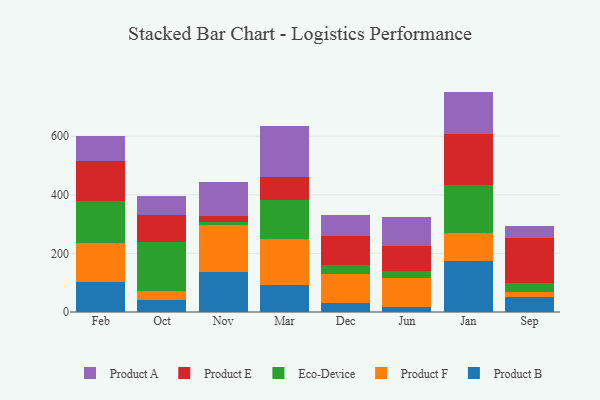
{"axis": {"x": "Month", "y": "Page Views"}, "legend": ["Eco-Device", "Product A", "Product B", "Product E", "Product F"], "data": [{"x": "Feb", "y": 102.9, "type": "Product B"}, {"x": "Feb", "y": 134.2, "type": "Product F"}, {"x": "Feb", "y": 142.0, "type": "Eco-Device"}, {"x": "Feb", "y": 136.2, "type": "Product E"}, {"x": "Feb", "y": 85.9, "type": "Product A"}, {"x": "Oct", "y": 41.0, "type": "Product B"}, {"x": "Oct", "y": 30.9, "type": "Product F"}, {"x": "Oct", "y": 168.2, "type": "Eco-Device"}, {"x": "Oct", "y": 91.3, "type": "Product E"}, {"x": "Oct", "y": 63.1, "type": "Product A"}, {"x": "Nov", "y": 137.4, "type": "Product B"}, {"x": "Nov", "y": 159.6, "type": "Product F"}, {"x": "Nov", "y": 10.9, "type": "Eco-Device"}, {"x": "Nov", "y": 20.7, "type": "Product E"}, {"x": "Nov", "y": 114.5, "type": "Product A"}, {"x": "Mar", "y": 93.4, "type": "Product B"}, {"x": "Mar", "y": 154.7, "type": "Product F"}, {"x": "Mar", "y": 135.1, "type": "Eco-Device"}, {"x": "Mar", "y": 77.6, "type": "Product E"}, {"x": "Mar", "y": 175.6, "type": "Product A"}, {"x": "Dec", "y": 30.4, "type": "Product B"}, {"x": "Dec", "y": 100.0, "type": "Product F"}, {"x": "Dec", "y": 29.6, "type": "Eco-Device"}, {"x": "Dec", "y": 98.4, "type": "Product E"}, {"x": "Dec", "y": 72.4, "type": "Product A"}, {"x": "Jun", "y": 17.4, "type": "Product B"}, {"x": "Jun", "y": 99.7, "type": "Product F"}, {"x": "Jun", "y": 22.5, "type": "Eco-Device"}, {"x": "Jun", "y": 85.9, "type": "Product E"}, {"x": "Jun", "y": 97.4, "type": "Product A"}, {"x": "Jan", "y": 173.3, "type": "Product B"}, {"x": "Jan", "y": 96.3, "type": "Product F"}, {"x": "Jan", "y": 165.4, "type": "Eco-Device"}, {"x": "Jan", "y": 172.3, "type": "Product E"}, {"x": "Jan", "y": 144.9, "type": "Product A"}, {"x": "Sep", "y": 51.9, "type": "Product B"}, {"x": "Sep", "y": 15.8, "type": "Product F"}, {"x": "Sep", "y": 31.1, "type": "Eco-Device"}, {"x": "Sep", "y": 152.9, "type": "Product E"}, {"x": "Sep", "y": 40.6, "type": "Product A"}]}